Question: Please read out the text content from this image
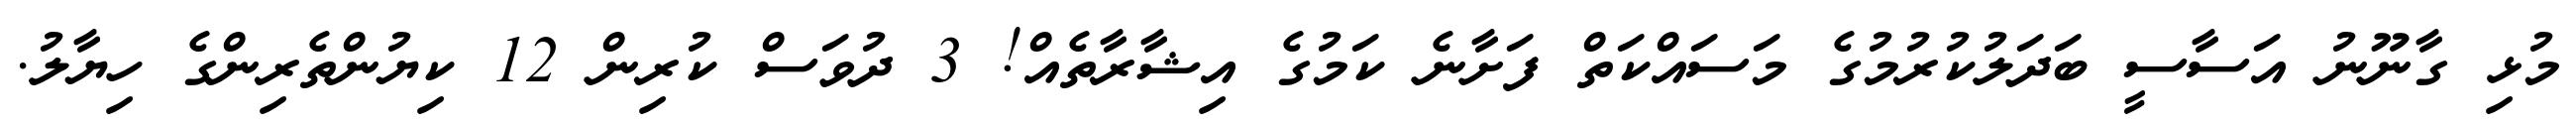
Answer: މުޅި ގާނޫނު އަސާސީ ބަދަލުކުރުމުގެ މަސައްކަތް ފަށާނެ ކަމުގެ އިޝާރާތެއް! 3 ދުވަސް ކުރިން 12 ކިޔުންތެރިންގެ ހިޔާލު.